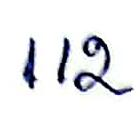
112